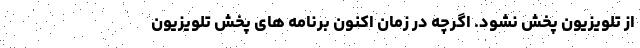
از تلویزیون پخش نشود. اگرچه در زمان اکنون برنامه های پخش تلویزیون